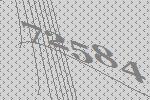
72584